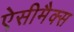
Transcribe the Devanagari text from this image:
ऐसीमैक्स